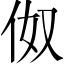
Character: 伮